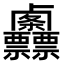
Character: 𠨌